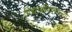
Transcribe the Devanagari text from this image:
विद्यार्थीदशेतल्या